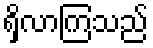
ရှိလာကြသည်